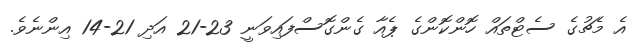
އެ މެޗުގެ ސެޓްތައް ހޮންކޮންގެ ޕެއާ ގެންގޮސްފައިވަނީ 23-21 އަދި 21-14 އިންނެވެ.